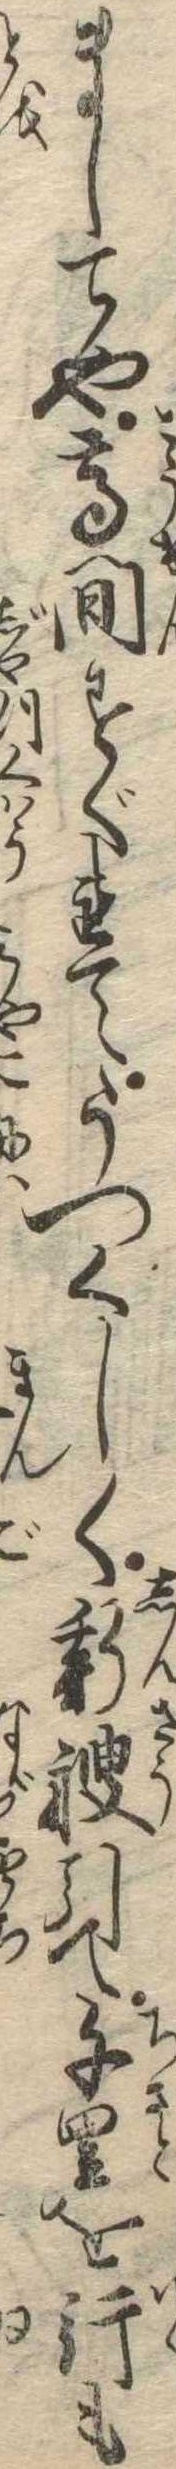
ましてや高間すぐれてうつくしく新艘引て千里を行も